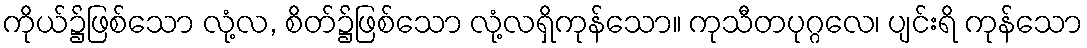
ကိုယ်၌ဖြစ်သော လုံ့လ, စိတ်၌ဖြစ်သော လုံ့လရှိကုန်သော။ ကုသီတပုဂ္ဂလေ၊ ပျင်းရိ ကုန်သော